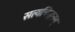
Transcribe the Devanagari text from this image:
सत्यचिद्धनम्